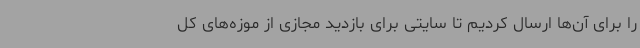
را برای آن‌ها ارسال کردیم تا سایتی برای بازدید مجازی از موزه‌های کل